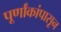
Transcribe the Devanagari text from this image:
पूर्णांकांपासून